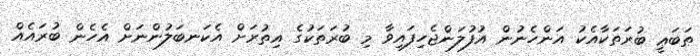
ޠަބަޢީ ބުރަތަކާއެކު އަންހެނުން އުފުލަންޖެހިފައިވާ މި ބުރަތަކުގެ އިތުރަށް އެކަނބަލުންނަށް އެހެން ބުރައެއް